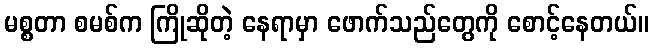
မစ္စတာ စမစ်က ကြိုဆိုတဲ့ နေရာမှာ ဖောက်သည်တွေကို စောင့်နေတယ်။